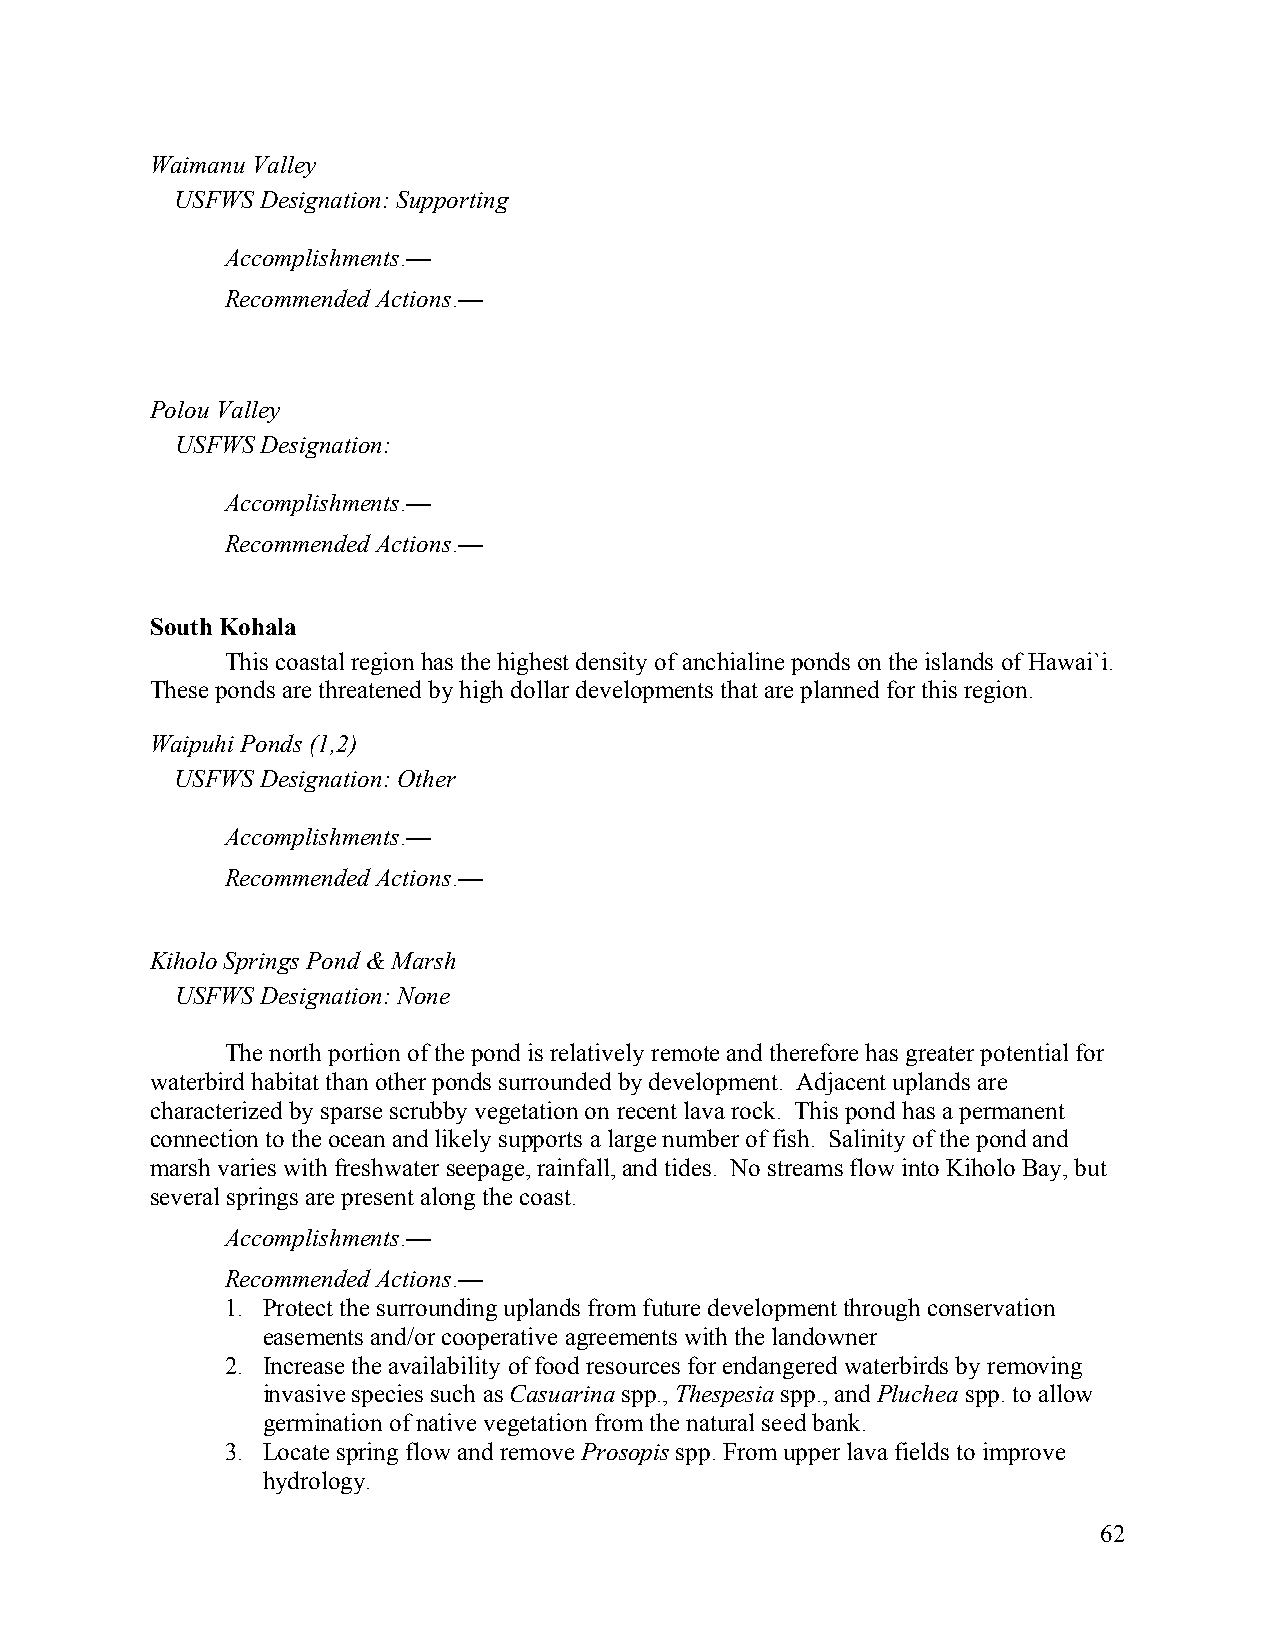
Waimanu Valley
 USFWS Designation: Supporting
 Accomplishments.—
 Recommended Actions.—
 Polou Valley
 USFWS Designation:
 Accomplishments.—
 Recommended Actions.—
 South Kohala
 This coastal region has the highest density of anchialine ponds on the islands of Hawai`i.
 These ponds are threatened by high dollar developments that are planned for this region.
 Waipuhi Ponds (1,2)
 USFWS Designation: Other
 Accomplishments.—
 Recommended Actions.—
 Kiholo Springs Pond & Marsh
 USFWS Designation: None
 The north portion of the pond is relatively remote and therefore has greater potential for
 waterbird habitat than other ponds surrounded by development. Adjacent uplands are
 characterized by sparse scrubby vegetation on recent lava rock. This pond has a permanent
 connection to the ocean and likely supports a large number of fish. Salinity of the pond and
 marsh varies with freshwater seepage, rainfall, and tides. No streams flow into Kiholo Bay, but
 several springs are present along the coast.
 Accomplishments.—
 Recommended Actions.—
 1. Protect the surrounding uplands from future development through conservation
 easements and/or cooperative agreements with the landowner
 2. Increase the availability of food resources for endangered waterbirds by removing
 invasive species such as Casuarina spp., Thespesia spp., and Pluchea spp. to allow
 germination of native vegetation from the natural seed bank.
 3. Locate spring flow and remove Prosopis spp. From upper lava fields to improve
 hydrology.
 62